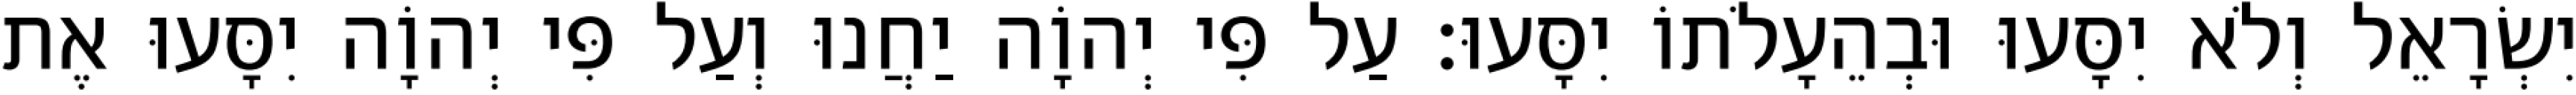
יִשְׂרָאֵל וְלֹא יִסָּעוּ וּבְהֵעָלֹתוֹ יִסָּעוּ׃ עַל פִּי יְהוָֹה יַחֲנוּ וְעַל פִּי יְהוָֹה יִסָּעוּ אֶת